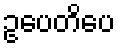
ဥပေတိပေ